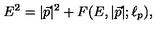
E ^ { 2 } = | { \vec { p } } | ^ { 2 } + F ( E , | { \vec { p } } | ; \ell _ { p } ) ,